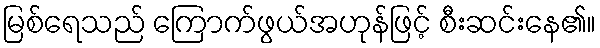
မြစ်ရေသည် ကြောက်ဖွယ်အဟုန်ဖြင့် စီးဆင်းနေ၏။